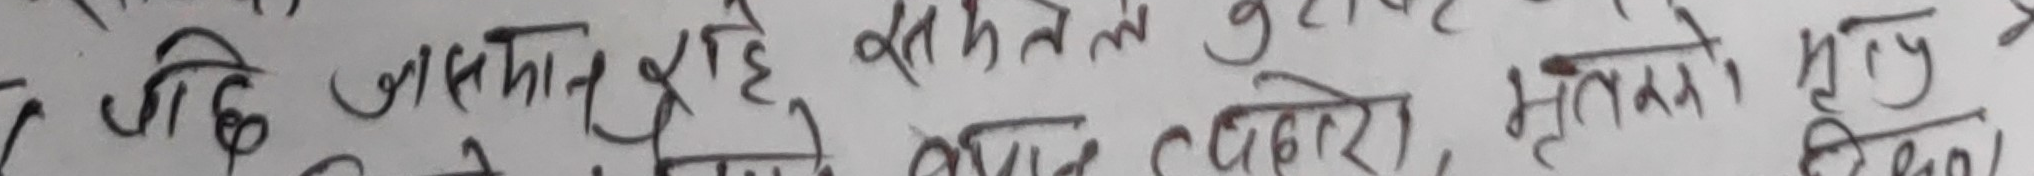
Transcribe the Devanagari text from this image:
जि जसकान रहे हे सतले गुडिको खिलमा र सुदासको लागि मूल्य हरु हुन त